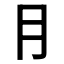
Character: ⺝